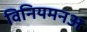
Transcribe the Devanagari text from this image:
विनियमनअ